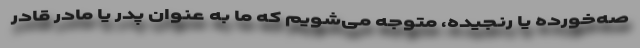
صه‌خورده یا رنجیده، متوجه می‌‌شویم که ما به عنوان پدر یا مادر قادر